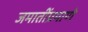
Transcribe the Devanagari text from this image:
जमातींप्रमाणे